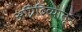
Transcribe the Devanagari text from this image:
अग्निदिव्यातून